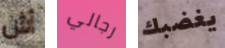
أش رجالي يغضبك